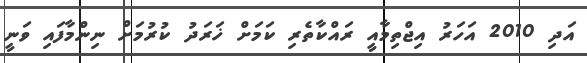
އަދި 2010 އަހަރު އިޖްތިމާއީ ރައްކާތެރި ކަމަށް ޚަރަދު ކުރުމަށް ނިންމާފައި ވަނީ